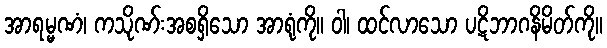
အာရမ္မဏံ၊ ကသိုဏ်းအစရှိသော အာရုံကို။ ဝါ၊ ထင်လာသော ပဋိဘာဂနိမိတ်ကို။